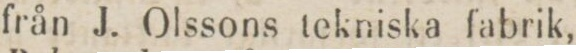
från J. Olssons tekniska fabrik,